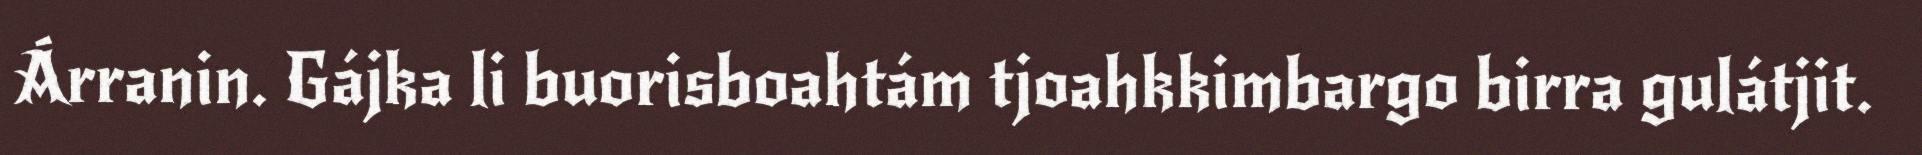
Árranin. Gájka li buorisboahtám tjoahkkimbargo birra gulátjit.